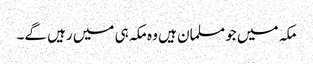
مکہ میں جو مسلمان ہیں وہ مکہ ہی میں رہیں گے۔